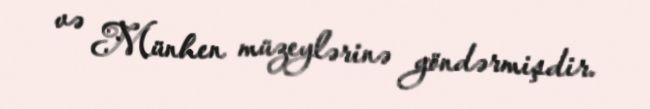
və Münhen müzeylərinə göndərmişdir.